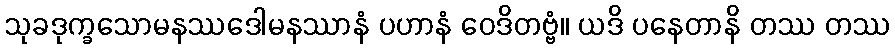
သုခဒုက္ခသောမနဿဒေါမနဿာနံ ပဟာနံ ဝေဒိတဗ္ဗံ။ ယဒိ ပနေတာနိ တဿ တဿ